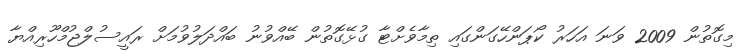
މިގޮތުން 2009 ވަނަ އަހަރު ކޯޕަންހޭގަންގައި ތިމާވެށްޓާ ގުޅޭގޮތުން ބޭއްވުނު ބައްދަލުވުމަށް ރައީސުލްޖުމްހޫރިއްޔާ